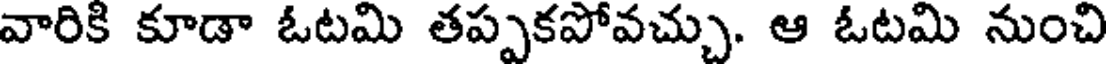
వారికి కూడా ఓటమి తప్పకపోవచ్చు. ఆ ఓటమి నుంచి